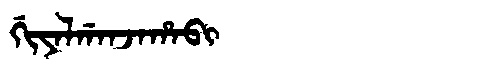
Manchu: ᡤᡳᠶᠠᠯᡤᠠᠨᠵᠠᡥᠠᠪᡳ
Romanization: GIYALGANJAHABI